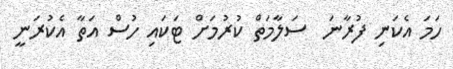
ހަމަ އެކަނި ފުރާނަ  ސަލާމަތް ކުރުމަށް ޓަކައި ހުސް އަތާ އެކުރަނީ